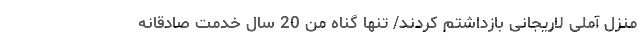
منزل آملی لاریجانی بازداشتم کردند/ تنها گناه من 20 سال خدمت صادقانه